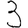
Digit: 3